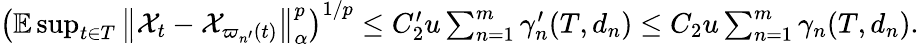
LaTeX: \begin{array}{r}{\left(\mathbb{E}\operatorname*{sup}_{t\in T}\left\Vert\mathcal{X}_{t}-\mathcal{X}_{\varpi_{n^{\prime}}(t)}\right\Vert_{\alpha}^{p}\right)^{1/p}\leq C_{2}^{\prime}u\sum_{n=1}^{m}\gamma_{n}^{\prime}(T,d_{n})\leq C_{2}u\sum_{n=1}^{m}\gamma_{n}(T,d_{n}).}\end{array}